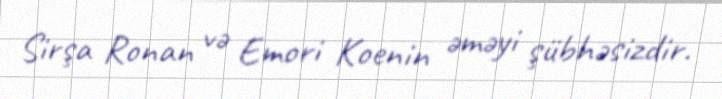
Sirşa Ronan və Emori Koenin əməyi şübhəsizdir.